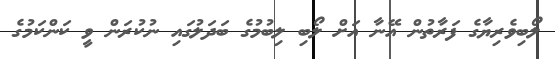
ލޯބިވެރިޔާގެ ފަރާތުން އޭނާ އަށް ލޯބި ލިބުމުގެ ބަދަލުގައި ނުކުރަން ވީ ކަންކަމުގެ